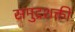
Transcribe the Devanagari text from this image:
समुद्रशक्ती